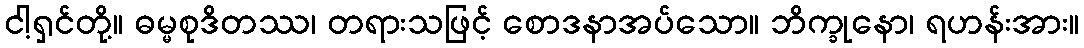
ငါ့ရှင်တို့။ ဓမ္မစုဒိတဿ၊ တရားသဖြင့် စောဒနာအပ်သော။ ဘိက္ခုနော၊ ရဟန်းအား။